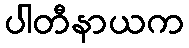
ပါတီနာယက